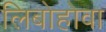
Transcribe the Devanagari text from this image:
लिबोहोवा